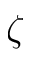
\zeta